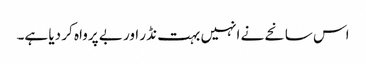
اس سانحے نے انہیں بہت نڈر اور بے پرواہ کر دیا ہے۔